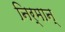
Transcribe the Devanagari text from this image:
निर्मान्